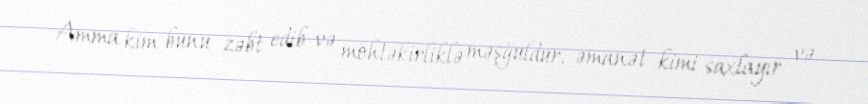
Amma kim bunu zəbt edib və möhtəkirliklə məşğuldur, əmanət kimi saxlayır və